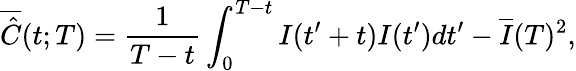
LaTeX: \overline{{\hat{C}}}(t;T)=\frac{1}{T-t}\int_{0}^{T-t}I(t^{\prime}+t)I(t^{\prime})dt^{\prime}-\overline{{I}}(T)^{2},